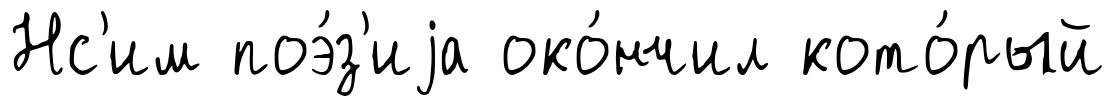
Нс'им поэ́з'иjа око́нчил кото́рый